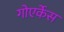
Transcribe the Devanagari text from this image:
गोएर्केस